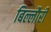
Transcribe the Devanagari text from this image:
बिल्लौरी